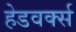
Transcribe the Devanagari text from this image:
हेडवर्क्स